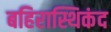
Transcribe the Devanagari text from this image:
बहिरास्थिकंद